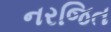
નરજિત